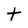
Character: t